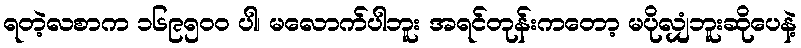
ရတဲ့လစာက ၁၆၉၅၀၀ ပါ၊ မလောက်ပါဘူး အရင်တုန်းကတော့ မပိုလျှံဘူးဆိုပေနဲ့